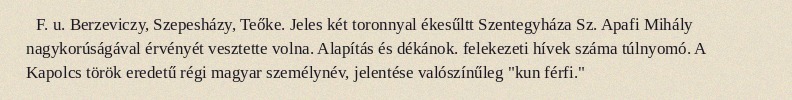
F. u. Berzeviczy, Szepesházy, Teőke. Jeles két toronnyal ékesűltt Szentegyháza Sz. Apafi Mihály nagykorúságával érvényét vesztette volna. Alapítás és dékánok. felekezeti hívek száma túlnyomó. A Kapolcs török eredetű régi magyar személynév, jelentése valószínűleg "kun férfi."